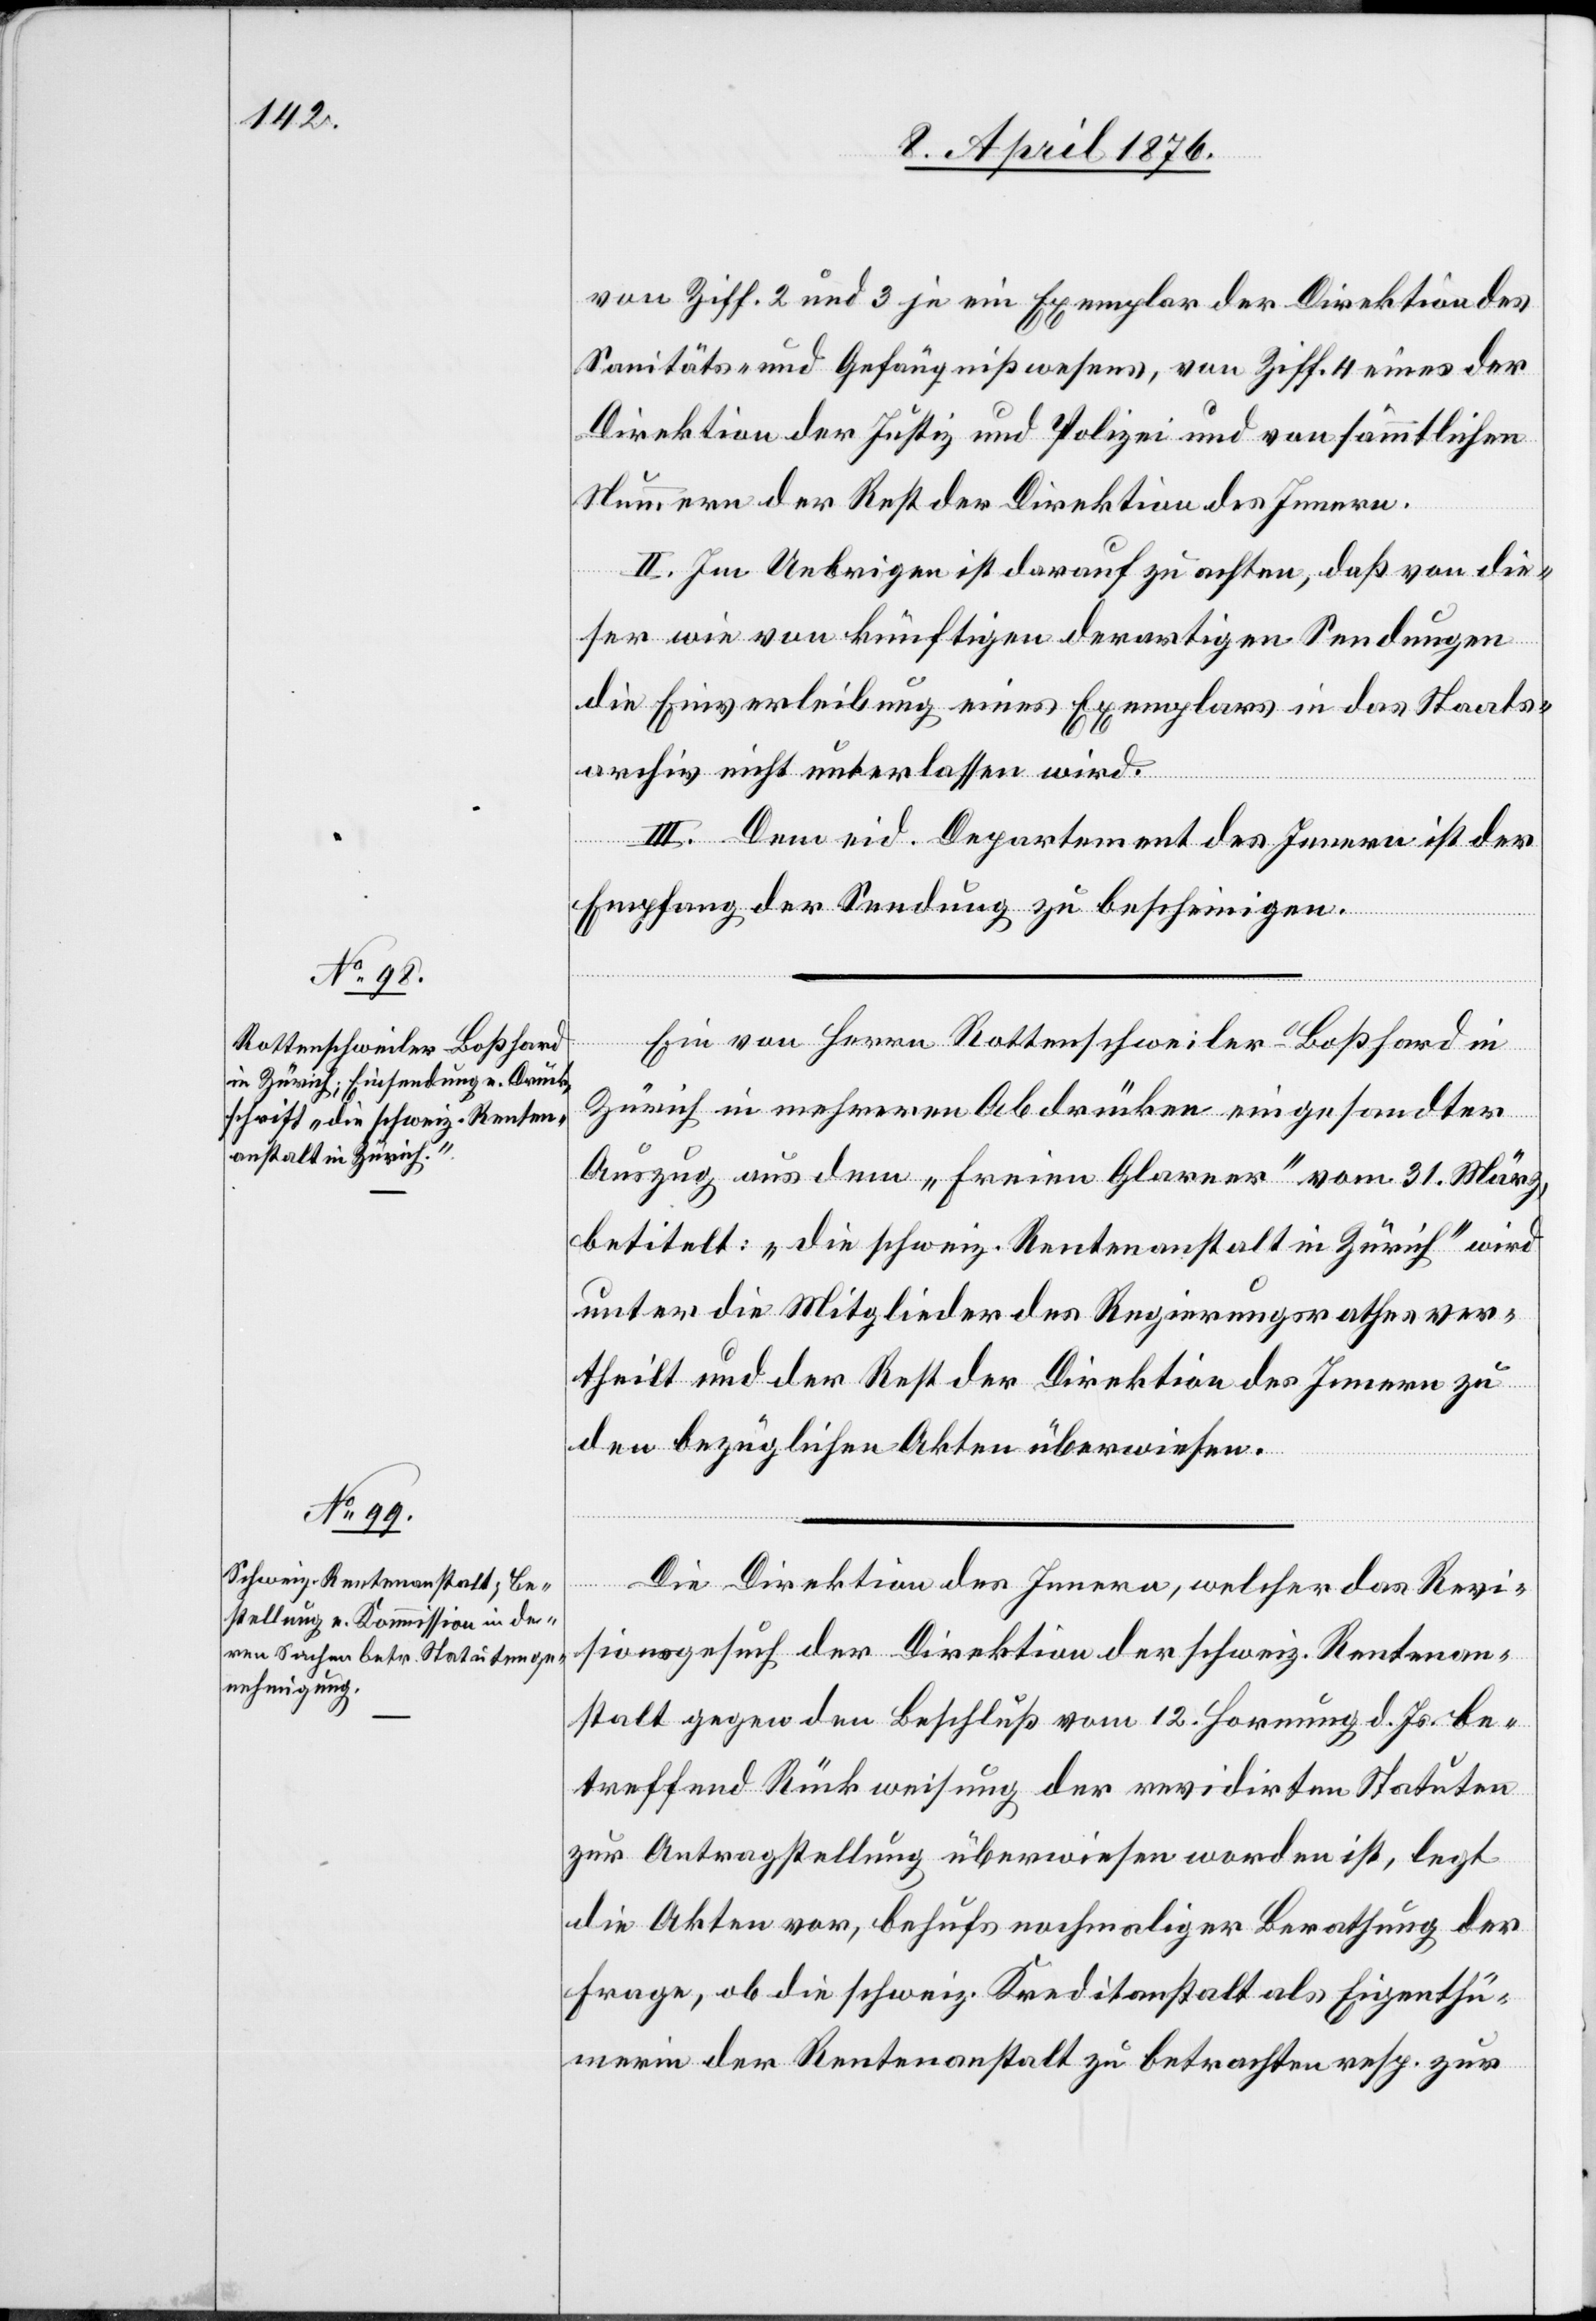
von Ziff. 2 und 3 je ein Exemplar der Direktion des
Sanitäts- und Gefängnißwesens, von Ziff. 4 eines der
Direktion der Justiz und Polizei und von sämmtlichen
Nummern der Rest der Direktion des Innern.
II. Im Uebrigen ist darauf zu achten, daß von die¬
ser wie von künftigen derartigen Sendungen
die Einverleibung eines Exemplars in das Staats¬
archiv nicht unterlassen wird.
III. Dem eid. Departement des Innern ist der
Empfang der Sendung zu bescheinigen.
Ein von Herrn Rottenschweiler-Boßhard in
Zürich in mehreren Abdrücken eingesandter
Auszug aus dem „Freien Glarner“ vom 31. März,
betitelt: „die schweiz. Rentenanstalt in Zürich“ wird
unter die Mitglieder des Regierungsrathes ver¬
theilt und der Rest der Direktion des Innern zu
den bezüglichen Akten überwiesen.
Die Direktion des Innern, welcher das Revi¬
sionsgesuch der Direktion der schweiz. Rentenan¬
stalt gegen den Beschluß vom 12. Hornung d. Js. be¬
treffend Rückweisung der revidirten Statuten
zur Antragstellung überwiesen worden ist, legt
die Akten vor, behufs nochmaliger Berathung der
Frage, ob die schweiz. Kreditanstalt als Eigenthü¬
merin der Rentenanstalt zu berathen resp. zur